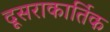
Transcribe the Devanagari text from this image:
दूसराकार्तिक